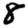
Digit: 8